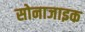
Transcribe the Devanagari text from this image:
सोनाजाइक